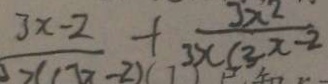
\frac { 3 x - 2 } { x ( x - 2 ) } + \frac { 3 x ^ { 2 } } { 3 x ( 3 x - 2 ) }